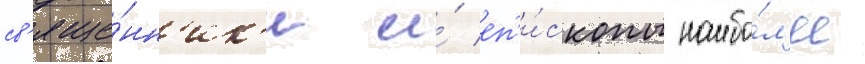
св'яще́нн'ик'и и́ еп'и́скопы наибо́л'ее